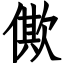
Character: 僛